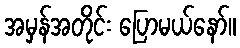
အမှန်အတိုင်း ပြောမယ်နော်။